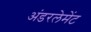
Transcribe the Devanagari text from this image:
अंडरलेमेंट